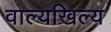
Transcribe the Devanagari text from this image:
वाल्यखिल्य